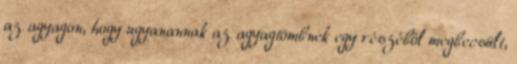
az agyagon, hogy ugyanannak az agyagtömbnek egy részéből megbecsült,